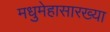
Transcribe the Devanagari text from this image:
मधुमेहासारख्या